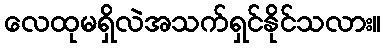
လေထုမရှိလဲအသက်ရှင်နိုင်သလား။